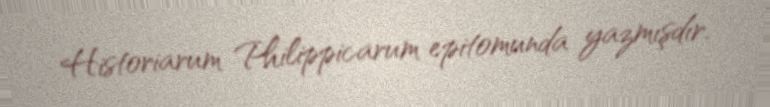
Historiarum Philippicarum epitomunda yazmışdır.